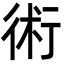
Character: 術